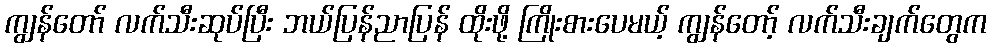
ကျွန်တော် လက်သီးဆုပ်ပြီး ဘယ်ပြန်ညာပြန် ထိုးဖို့ ကြိုးစားပေမယ့် ကျွန်တော့် လက်သီးချက်တွေက